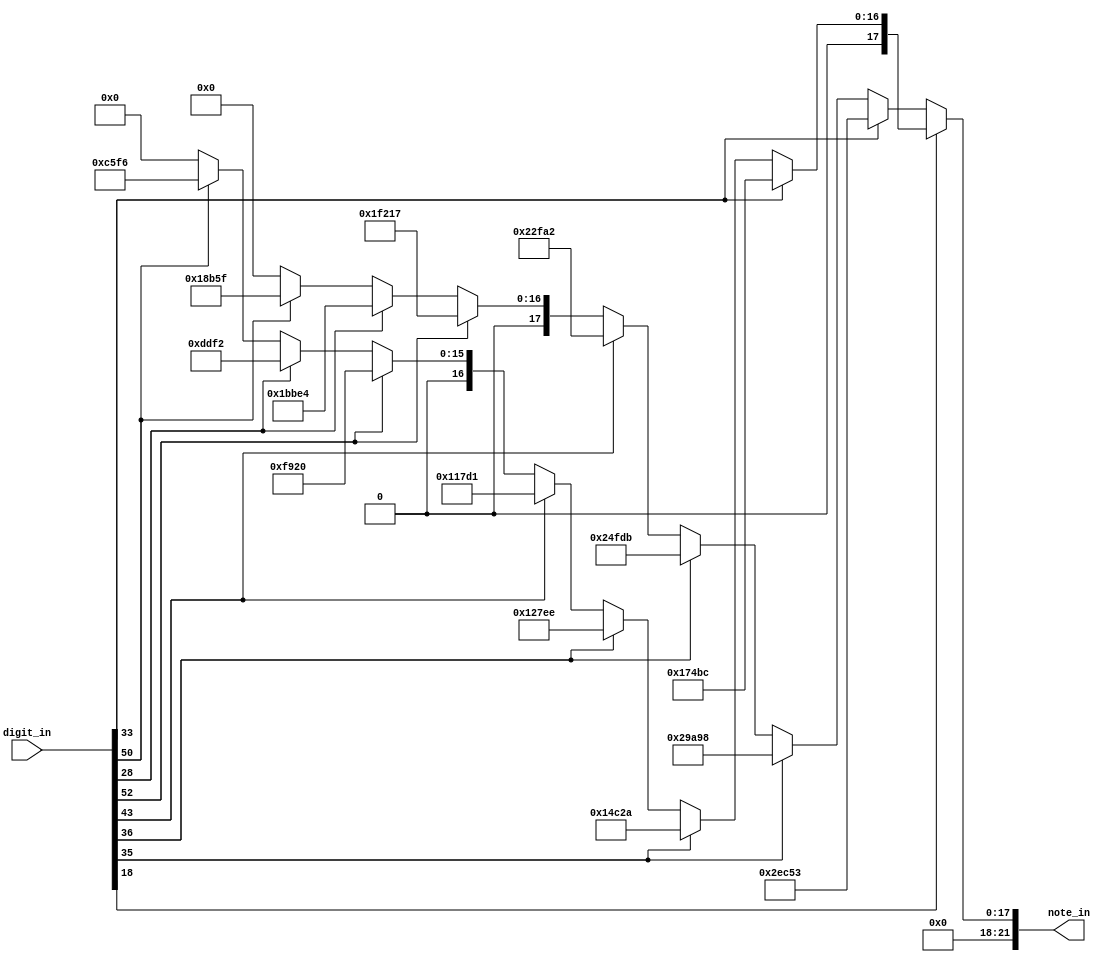
`timescale 1ns / 1ps
//////////////////////////////////////////////////////////////////////////////////
// Company: 
// Engineer: 
// 
// Design Name: 
// Module Name: note_gen
// Project Name: 
// Target Devices: 
// Tool Versions: 
// Description: 
// 
// Dependencies: 
// 
// Revision:
// Revision 0.01 - File Created
// Additional Comments:
// 
//////////////////////////////////////////////////////////////////////////////////

`define Mid_Do 26'd191571
`define Mid_Re 26'd170648
`define Mid_Mi 26'd151515
`define Mid_Fa 26'd143266
`define Mid_So 26'd127511
`define Mid_La 26'd113636
`define Mid_Si 26'd101215
`define Higher_Do 26'd95420
`define Higher_Re 26'd85034
`define Higher_Mi 26'd75758
`define Higher_Fa 26'd71633
`define Higher_So 26'd63776
`define Higher_La 26'd56818
`define Higher_Si 26'd50678

module note_gen(digit_in, note_in);
input [511:0] digit_in;
output reg [21:0] note_in;

always @*
if (digit_in[9'h012])
begin
    if (digit_in[9'h021]) note_in = `Higher_Do;
    else if (digit_in[9'h023]) note_in = `Higher_Re;
    else if (digit_in[9'h024]) note_in = `Higher_Mi;
    else if (digit_in[9'h02B]) note_in = `Higher_Fa;
    else if (digit_in[9'h034]) note_in = `Higher_So;
    else if (digit_in[9'h01C]) note_in = `Higher_La;
    else if (digit_in[9'h032]) note_in = `Higher_Si; 
    else note_in = 0;
end
else
begin
    if (digit_in[9'h021]) note_in = `Mid_Do;
    else if (digit_in[9'h023]) note_in = `Mid_Re;
    else if (digit_in[9'h024]) note_in = `Mid_Mi;
    else if (digit_in[9'h02B]) note_in = `Mid_Fa;
    else if (digit_in[9'h034]) note_in = `Mid_So;
    else if (digit_in[9'h01C]) note_in = `Mid_La;
    else if (digit_in[9'h032]) note_in = `Mid_Si; 
    else note_in = 0;
end     

endmodule